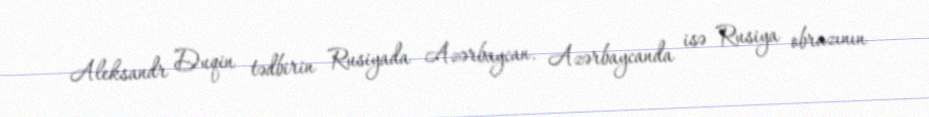
Aleksandr Duqin tədbirin Rusiyada Azərbaycan, Azərbaycanda isə Rusiya obrazının